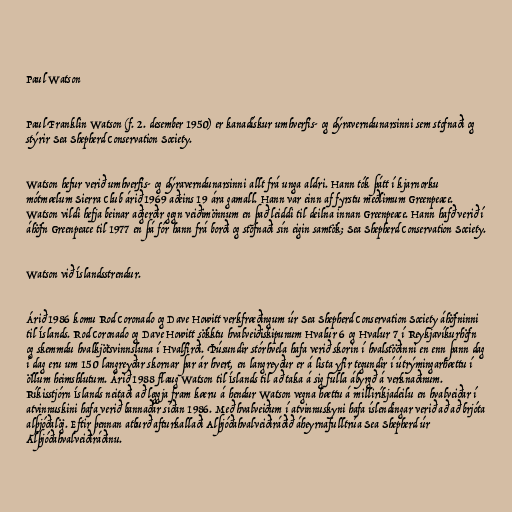
Paul Watson

Paul Franklin Watson (f. 2. desember 1950) er kanadískur umhverfis- og dýraverndunarsinni sem stofnaði og
stýrir Sea Shepherd Conservation Society.

Watson hefur verið umhverfis- og dýraverndunarsinni allt frá unga aldri. Hann tók þátt í kjarnorku
mótmælum Sierra Club árið 1969 aðeins 19 ára gamall. Hann var einn af fyrstu meðlimum Greenpeace.
Watson vildi hefja beinar aðgerðir gegn veiðimönnum en það leiddi til deilna innan Greenpeace. Hann hafð verið í
áhöfn Greenpeace til 1977 en þá fór hann frá borði og stofnaði sín eigin samtök; Sea Shepherd Conservation Society.

Watson við Íslandsstrendur.

Árið 1986 komu Rod Coronado og Dave Howitt verkfræðingum úr Sea Shepherd Conservation Society áhöfninni
til Íslands. Rod Coronado og Dave Howitt sökktu hvalveiðiskipunum Hvalur 6 og Hvalur 7 í Reykjavíkurhöfn
og skemmdu hvalkjötsvinnsluna í Hvalfirði. Þúsundir stórhvela hafa verið skorin í hvalstöðinni en enn þann dag
í dag eru um 150 langreyðar skornar þar ár hvert, en langreyður er á lista yfir tegundir í útrýmingarhættu í
öllum heimshlutum. Árið 1988 flaug Watson til Íslands til að taka á sig fulla ábyrgð á verknaðinum.
Ríkisstjórn Íslands neitaði að leggja fram kæru á hendur Watson vegna hættu á milliríkjadeilu en hvalveiðar í
atvinnuskini hafa verið bannaðar síðan 1986. Með hvalveiðum í atvinnuskyni hafa íslendingar verið að að brjóta
alþjóðalög. Eftir þennan atburð afturkallaði Alþjóðahvalveiðiráðið áheyrnafulltrúa Sea Shepherd úr
Alþjóðahvalveiðiráðinu.